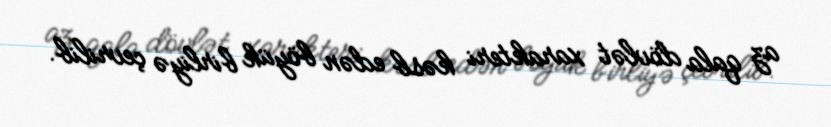
az qala dövlət xarakteri kəsb edən böyük birliyə çevrilib.